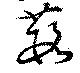
葭